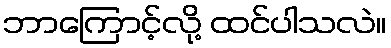
ဘာကြောင့်လို့ ထင်ပါသလဲ။